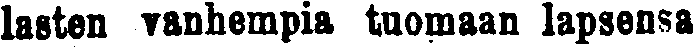
lasten vanhempia tuomaan lapsensa